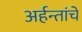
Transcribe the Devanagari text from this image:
अर्हन्तांचे